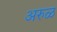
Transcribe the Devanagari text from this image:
अरुळ